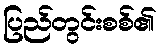
ပြည်တွင်းစစ်၏